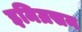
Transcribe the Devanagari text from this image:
इमिग्रसन